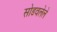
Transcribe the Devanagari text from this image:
सोडवलेले